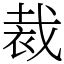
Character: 裁